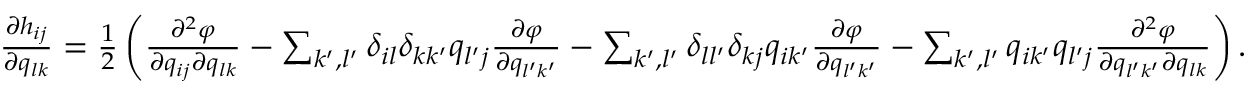
\begin{array} { r } { \frac { \partial h _ { i j } } { \partial q _ { l k } } = \frac { 1 } { 2 } \left( \frac { \partial ^ { 2 } \varphi } { \partial q _ { i j } \partial q _ { l k } } - \sum _ { k ^ { \prime } , l ^ { \prime } } \delta _ { i l } \delta _ { k k ^ { \prime } } q _ { l ^ { \prime } j } \frac { \partial \varphi } { \partial q _ { l ^ { \prime } k ^ { \prime } } } - \sum _ { k ^ { \prime } , l ^ { \prime } } \delta _ { l l ^ { \prime } } \delta _ { k j } q _ { i k ^ { \prime } } \frac { \partial \varphi } { \partial q _ { l ^ { \prime } k ^ { \prime } } } - \sum _ { k ^ { \prime } , l ^ { \prime } } q _ { i k ^ { \prime } } q _ { l ^ { \prime } j } \frac { \partial ^ { 2 } \varphi } { \partial q _ { l ^ { \prime } k ^ { \prime } } \partial q _ { l k } } \right) . } \end{array}